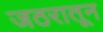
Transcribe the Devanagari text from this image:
जठरातून